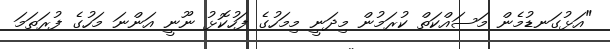
"އަޅުގަނޑުމެން މަސައްކަތް ކުރަމުން މިދަނީ މިމަހުގެ ފަހުކޮޅު ނޫނީ އަންނަ މަހުގެ ފުރަތަމަ